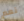
نعم